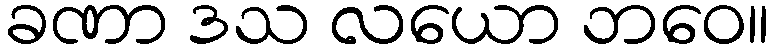
ခဏာ ဒသ လယော ဘဝေ။